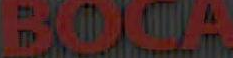
BOCA